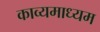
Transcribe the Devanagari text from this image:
काव्यमाध्यम